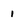
Character: 1